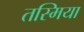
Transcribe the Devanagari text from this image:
तस्मिया